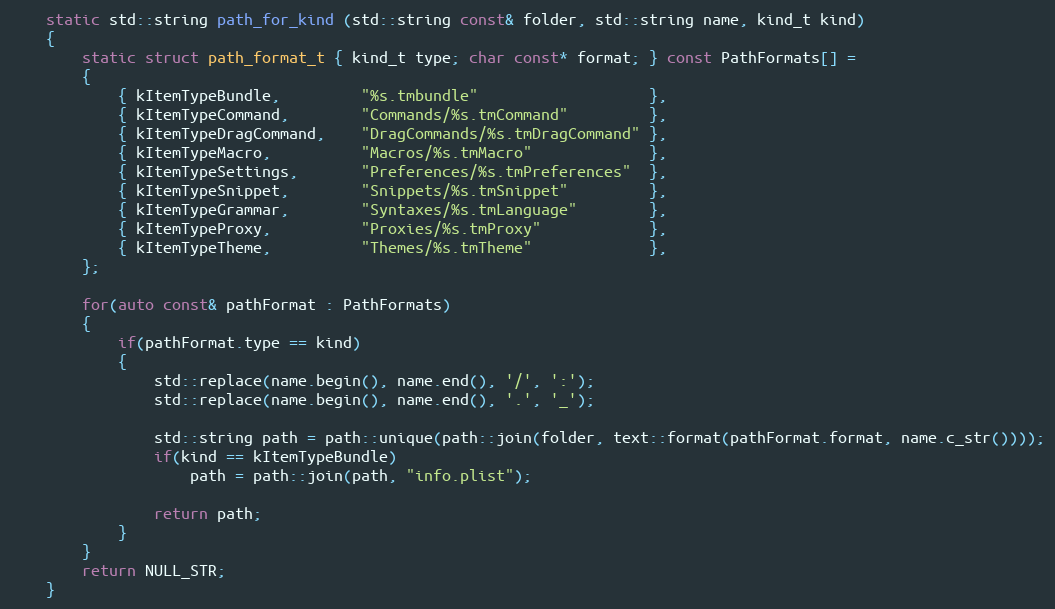
Language: C++
	static std::string path_for_kind (std::string const& folder, std::string name, kind_t kind)
	{
		static struct path_format_t { kind_t type; char const* format; } const PathFormats[] =
		{
			{ kItemTypeBundle,         "%s.tmbundle"                   },
			{ kItemTypeCommand,        "Commands/%s.tmCommand"         },
			{ kItemTypeDragCommand,    "DragCommands/%s.tmDragCommand" },
			{ kItemTypeMacro,          "Macros/%s.tmMacro"             },
			{ kItemTypeSettings,       "Preferences/%s.tmPreferences"  },
			{ kItemTypeSnippet,        "Snippets/%s.tmSnippet"         },
			{ kItemTypeGrammar,        "Syntaxes/%s.tmLanguage"        },
			{ kItemTypeProxy,          "Proxies/%s.tmProxy"            },
			{ kItemTypeTheme,          "Themes/%s.tmTheme"             },
		};

		for(auto const& pathFormat : PathFormats)
		{
			if(pathFormat.type == kind)
			{
				std::replace(name.begin(), name.end(), '/', ':');
				std::replace(name.begin(), name.end(), '.', '_');

				std::string path = path::unique(path::join(folder, text::format(pathFormat.format, name.c_str())));
				if(kind == kItemTypeBundle)
					path = path::join(path, "info.plist");

				return path;
			}
		}
		return NULL_STR;
	}